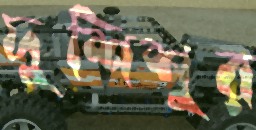
দুশিশুর